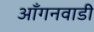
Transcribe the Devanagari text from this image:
आँगनवाडी